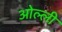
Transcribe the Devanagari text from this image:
ओल्ली